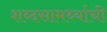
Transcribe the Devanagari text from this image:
शब्दसामर्थ्याची